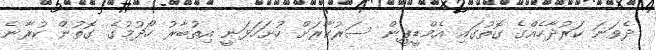
ދެވަނަ ކަރުދާހެއްގެ ގޮތުގައި އެމްޑީޕީން ސަރުކާރަށް ހުށަހަޅަނީ އިތުބާރު ހޯދުމުގެ ގޮތުން ކުރާނެ